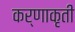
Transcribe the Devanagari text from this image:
कर्णाकृती